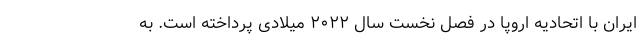
ایران با اتحادیه اروپا در فصل نخست سال ۲۰۲۲ میلادی پرداخته است. به